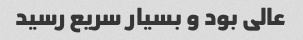
عالی بود و بسیار سریع رسید